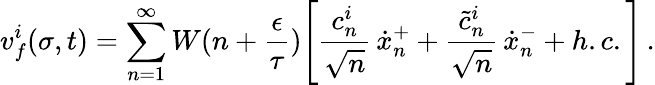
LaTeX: v_{f}^{i}(\sigma,t)=\sum_{n=1}^{\infty}W(n+\frac{\epsilon}{\tau})\Biggl[\frac{c_{n}^{i}}{\sqrt{n}}\, \dot{x}_{n}^{+}+\frac{\tilde{c}_{n}^{i}}{\sqrt{n}}\, \dot{x}_{n}^{-}+h.c.\Biggr]\, .